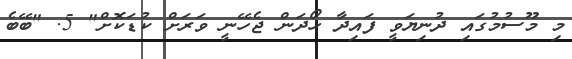
މި މޫސުމުގައި ދުނިޔަވީ ފައިދާ ހޯދަން ޖެހޭނީ ވަރަށް ކުޑަކޮށް" 5. "ބޭބެ